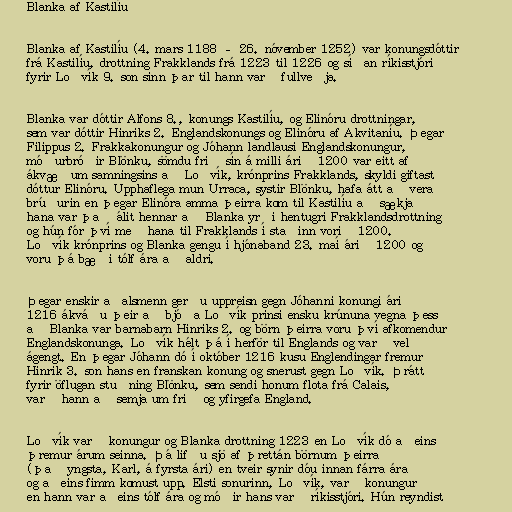
Blanka af Kastilíu

Blanka af Kastilíu (4. mars 1188 – 26. nóvember 1252) var konungsdóttir
frá Kastilíu, drottning Frakklands frá 1223 til 1226 og síðan ríkisstjóri
fyrir Loðvík 9. son sinn þar til hann varð fullveðja.

Blanka var dóttir Alfons 8., konungs Kastilíu, og Elinóru drottningar,
sem var dóttir Hinriks 2. Englandskonungs og Elinóru af Akvitaníu. Þegar
Filippus 2. Frakkakonungur og Jóhann landlausi Englandskonungur,
móðurbróðir Blönku, sömdu frið sín á milli árið 1200 var eitt af
ákvæðum samningsins að Loðvík, krónprins Frakklands, skyldi giftast
dóttur Elinóru. Upphaflega mun Urraca, systir Blönku, hafa átt að vera
brúðurin en þegar Elinóra amma þeirra kom til Kastilíu að sækja
hana var það álit hennar að Blanka yrði hentugri Frakklandsdrottning
og hún fór því með hana til Frakklands í staðinn vorið 1200.
Loðvík krónprins og Blanka gengu í hjónaband 23. maí árið 1200 og
voru þá bæði tólf ára að aldri.

Þegar enskir aðalsmenn gerðu uppreisn gegn Jóhanni konungi árið
1216 ákváðu þeir að bjóða Loðvík prinsi ensku krúnuna vegna þess
að Blanka var barnabarn Hinriks 2. og börn þeirra voru því afkomendur
Englandskonunga. Loðvík hélt þá í herför til Englands og varð vel
ágengt. En þegar Jóhann dó í október 1216 kusu Englendingar fremur
Hinrik 3. son hans en franskan konung og snerust gegn Loðvík. Þrátt
fyrir öflugan stuðning Blönku, sem sendi honum flota frá Calais,
varð hann að semja um frið og yfirgefa England.

Loðvík varð konungur og Blanka drottning 1223 en Loðvík dó aðeins
þremur árum seinna. Þá lifðu sjö af þrettán börnum þeirra
(það yngsta, Karl, á fyrsta ári) en tveir synir dóu innan fárra ára
og aðeins fimm komust upp. Elsti sonurinn, Loðvík, varð konungur
en hann var aðeins tólf ára og móðir hans varð ríkisstjóri. Hún reyndist